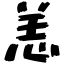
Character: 恙